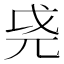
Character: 𫵐